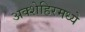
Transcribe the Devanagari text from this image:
अक्शेहिरमध्ये